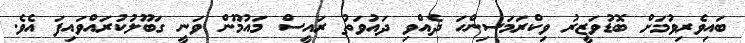
ބައިވެރިވުމަށް ބޮޑުވަޒީރު ވިކްރަމަސިންހަ ދެއްވި ދައުވަތު ރައީސް މައުމޫން ވަނީ ގަބޫލުކުރައްވައިފަ އެވެ.